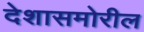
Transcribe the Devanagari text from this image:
देशासमोरील